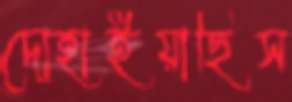
দোহাইয়াছিস